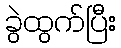
ခွဲထွက်ပြီး